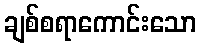
ချစ်စရာကောင်းသော